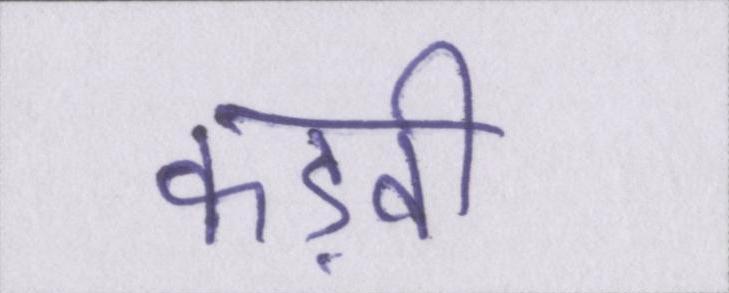
कड़वी